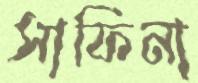
সাফিনা